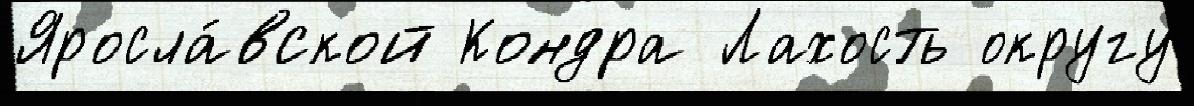
Яросла́вской Кондра Лахость округу